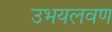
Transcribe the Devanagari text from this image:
उभयलवण